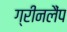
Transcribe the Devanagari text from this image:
ग्रीनलैंप